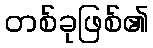
တစ်ခုဖြစ်၏